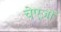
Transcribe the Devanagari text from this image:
चेएज़ों